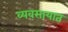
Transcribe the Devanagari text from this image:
व्‍यवसायात